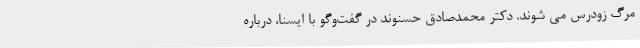
مرگ زودرس می شوند. دکتر محمدصادق حسنوند در گفت‌وگو با ایسنا، درباره